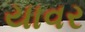
યાવર